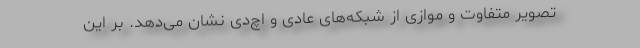
تصویر متفاوت و موازی از شبکه‌های عادی و اچ‌دی نشان می‌دهد. بر این